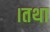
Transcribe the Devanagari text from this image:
।तथा